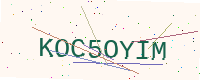
Text: KOC5OYIM